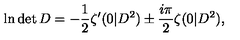
\ln \det D = - \frac { 1 } { 2 } \zeta ^ { \prime } ( 0 | D ^ { 2 } ) \pm \frac { i \pi } { 2 } \zeta ( 0 | D ^ { 2 } ) ,